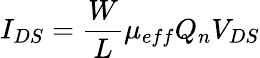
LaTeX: I_{DS}=\frac{W}{L}\mu_{eff}Q_{n}V_{DS}